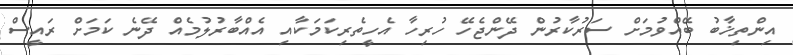
އިންތިޚާބު ބޭއްވުމަށް ސަރުކާރުން ދޭންޖެހޭ ހުރިހާ އެހީތެރިކަމަކާއި އެއްބާރުލުމެއް ދޭނެ ކަމަށް ރައީސް